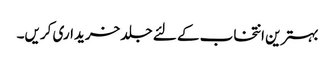
بہترین انتخاب کے لئے جلد خریداری کریں۔